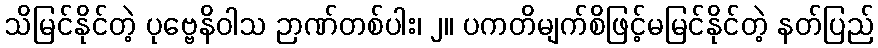
သိမြင်နိုင်တဲ့ ပုဗ္ဗေနိဝါသ ဉာဏ်တစ်ပါး၊ ၂။ ပကတိမျက်စိဖြင့်မမြင်နိုင်တဲ့ နတ်ပြည်